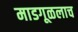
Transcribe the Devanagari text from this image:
माडगूळलाच